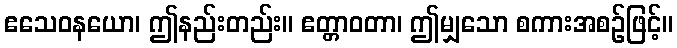
ဧသေဝနယော၊ ဤနည်းတည်း။ ဧတ္တာဝတာ၊ ဤမျှသော စကားအစဉ်ဖြင့်။